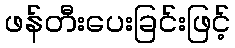
ဖန်တီးပေးခြင်းဖြင့်